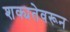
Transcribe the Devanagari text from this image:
शक्यतेवरून